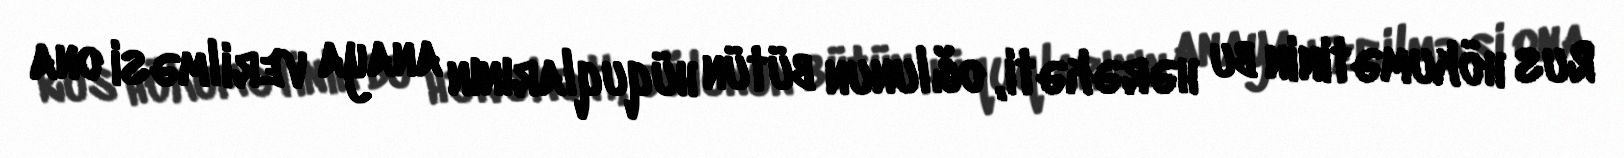
Rus hökumətinin bu hərəkəti, oğlunun bütün hüquqlarının anaya verilməsi ona